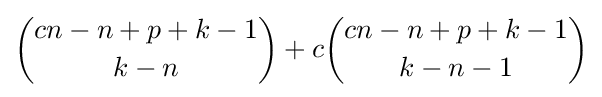
{\binom {cn-n+p+k-1}{k-n}}+c{\binom {cn-n+p+k-1}{k-n-1}}